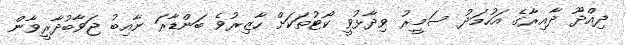
ދިއްދޫ ދާއިރާގެ އަހުމަދު ސަމީރު ވިދާޅުވީ ކޯޓުތަކަށް ހާޒިރުވެ ބަންޑާރަ ނާއިބު ޖަވާބުދާރީވާން